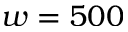
w = 5 0 0